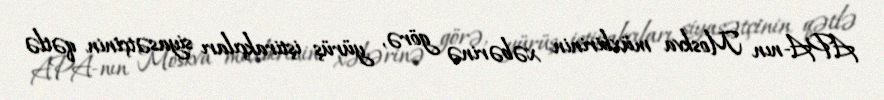
APA-nın Moskva müxbirinin xəbərinə görə, yürüş iştirakçıları siyasətçinin qətlə